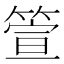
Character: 箮